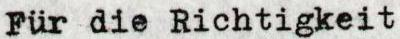
Für die Richtigkeit